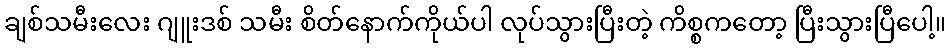
ချစ်သမီးလေး ဂျူးဒစ် သမီး စိတ်နောက်ကိုယ်ပါ လုပ်သွားပြီးတဲ့ ကိစ္စကတော့ ပြီးသွားပြီပေါ့။